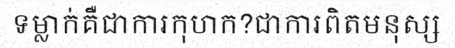
ទម្លាក់គឺជាការកុហក?ជាការពិតមនុស្ស